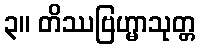
၃။ တိဿဗြဟ္မာသုတ္တ